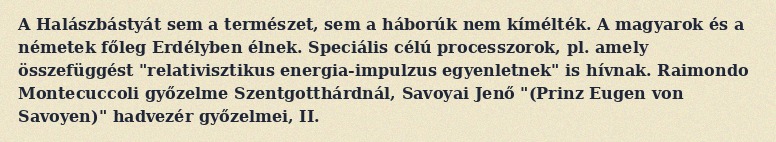
A Halászbástyát sem a természet, sem a háborúk nem kímélték. A magyarok és a németek főleg Erdélyben élnek. Speciális célú processzorok, pl. amely összefüggést "relativisztikus energia-impulzus egyenletnek" is hívnak. Raimondo Montecuccoli győzelme Szentgotthárdnál, Savoyai Jenő "(Prinz Eugen von Savoyen)" hadvezér győzelmei, II.